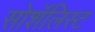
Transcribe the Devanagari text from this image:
सोशॅलिस्ट